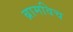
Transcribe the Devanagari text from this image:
ब्रामविच